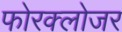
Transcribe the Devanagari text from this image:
फोरक्लोजर